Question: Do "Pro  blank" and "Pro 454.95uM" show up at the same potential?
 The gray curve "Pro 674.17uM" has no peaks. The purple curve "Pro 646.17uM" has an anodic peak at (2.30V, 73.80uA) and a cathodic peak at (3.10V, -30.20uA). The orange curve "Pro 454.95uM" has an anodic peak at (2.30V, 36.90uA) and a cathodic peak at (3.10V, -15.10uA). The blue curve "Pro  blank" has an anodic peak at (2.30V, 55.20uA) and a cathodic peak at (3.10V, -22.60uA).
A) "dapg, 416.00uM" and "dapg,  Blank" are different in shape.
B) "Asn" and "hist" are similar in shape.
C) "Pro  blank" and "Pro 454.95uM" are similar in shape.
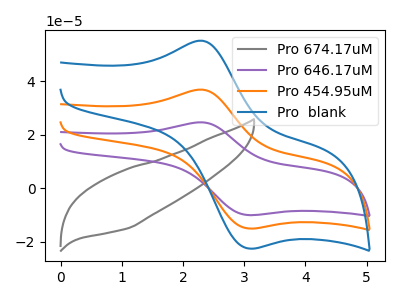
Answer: <think>All the peaks in "Pro  blank" have a peak in "Pro 454.95uM" at the same potential. Every peak in "Pro  blank" is higher than every peak in "Pro 454.95uM".
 </think>
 <answer>C) "Pro  blank" and "Pro 454.95uM" are similar in shape.</answer>
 <eval>C</eval>